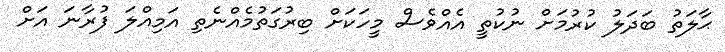
ޙާލަތު ބަދަލު ކުރުމަށް ނުކުތީ އެއްވެސް މީހަކަށް ބިރުގަތުމެއްނެތި އަމިއްލަ ފުރާނަ އަށް